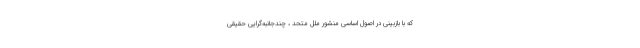
که با بازبینی در اصول اساسی منشور ملل متحد ، چندجانبه‌گرایی حقیقی